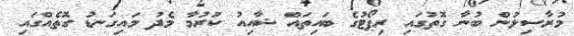
މުރާސިލުން ބުނާ ގޮތުގައި ރިޕޯޓުގެ ބައިތައް ޝާއިއު ކުރުމާ މެދު މައިގަނޑު ގޮތެއްގައި